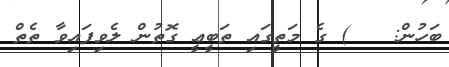
ބަހުން:   ) ގެ މަތީގައި ތަބީޢީ ގޮތުން ލެވިފައިވާ ތެތް